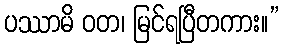
ပဿာမိ ဝတ၊ မြင်ရပြီတကား။”